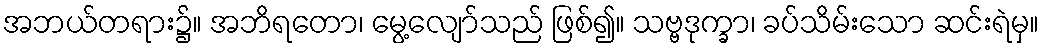
အဘယ်တရား၌။ အဘိရတော၊ မွေ့လျော်သည် ဖြစ်၍။ သဗ္ဗဒုက္ခာ၊ ခပ်သိမ်းသော ဆင်းရဲမှ။